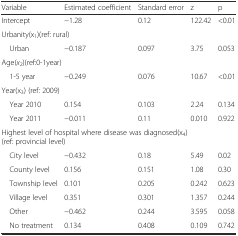
<table><thead><tr><td><b>Variable</b></td><td><b>Estimated coefficient</b></td><td><b>Standard error</b></td><td><b>z</b></td><td><b>p</b></td></tr></thead><tbody><tr><td>Intercept</td><td>−1.28</td><td>0.12</td><td>122.42</td><td>&lt;0.01</td></tr><tr><td colspan="5">Urbanity(x<sub>1</sub>)(ref: rural)</td></tr><tr><td> Urban</td><td>−0.187</td><td>0.097</td><td>3.75</td><td>0.053</td></tr><tr><td colspan="5">Age(<i>x</i><sub>2</sub>)(ref:0-1year)</td></tr><tr><td> 1-5 year</td><td>−0.249</td><td>0.076</td><td>10.67</td><td>&lt;0.01</td></tr><tr><td colspan="5">Year(x<sub>3</sub>) (ref: 2009)</td></tr><tr><td> Year 2010</td><td>0.154</td><td>0.103</td><td>2.24</td><td>0.134</td></tr><tr><td> Year 2011</td><td>−0.011</td><td>0.11</td><td>0.010</td><td>0.922</td></tr><tr><td colspan="5">Highest level of hospital where disease was diagnosed(x<sub>4</sub>) (ref: provincial level)</td></tr><tr><td> City level</td><td>−0.432</td><td>0.18</td><td>5.49</td><td>0.02</td></tr><tr><td> County level</td><td>0.156</td><td>0.151</td><td>1.08</td><td>0.30</td></tr><tr><td> Township level</td><td>0.101</td><td>0.205</td><td>0.242</td><td>0.623</td></tr><tr><td> Village level</td><td>0.351</td><td>0.301</td><td>1.357</td><td>0.244</td></tr><tr><td> Other</td><td>−0.462</td><td>0.244</td><td>3.595</td><td>0.058</td></tr><tr><td> No treatment</td><td>0.134</td><td>0.408</td><td>0.109</td><td>0.742</td></tr></tbody></table>